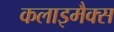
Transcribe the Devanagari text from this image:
कलाइमैक्स